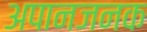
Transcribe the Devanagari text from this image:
अपानजनक